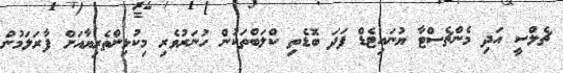
ޗެލްސީ އަދި މެންޗެސްޓާ ޔުނައިޓެޑް ފަދަ ބޮޑެތި ކްލަބްތަކުން ހުނަރުވެރި މިކުޅިންތެރިޔާއަށް ފާރަލަމުން